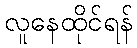
လူနေထိုင်ရန်